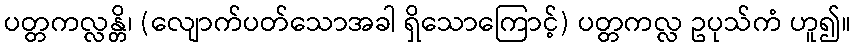
ပတ္တကလ္လန္တိ၊ (လျောက်ပတ်သောအခါ ရှိသောကြောင့်) ပတ္တကလ္လ ဥပုသ်ကံ ဟူ၍။